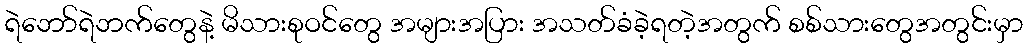
ရဲဘော်ရဲဘက်တွေနဲ့ မိသားစုဝင်တွေ အများအပြား အသတ်ခံခဲ့ရတဲ့အတွက် စစ်သားတွေအတွင်းမှာ